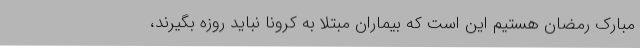
مبارک رمضان هستیم این است که بیماران مبتلا به کرونا نباید روزه بگیرند،